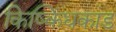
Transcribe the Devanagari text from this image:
किष्किंधकांड